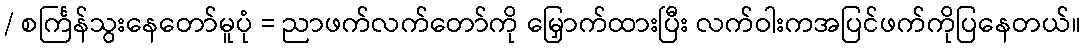
/ စင်္ကြန်သွးနေတော်မူပုံ = ညာဖက်လက်တော်ကို မြှောက်ထားပြီး လက်ဝါးကအပြင်ဖက်ကိုပြနေတယ်။